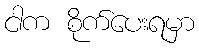
ငါက စိုက်ပေးရမှာ